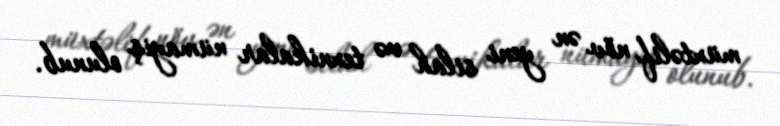
müxtəlif növ ən yeni silah və texnikalar nümayiş olunub.